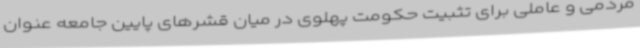
مردمی و عاملی برای تثبیت حکومت پهلوی در میان قشرهای پایین جامعه عنوان